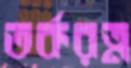
তর্করত্ন